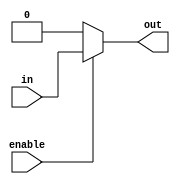
module buffer_with_enable (
    input wire enable,
    input wire in,
    output reg out
);

always @ (enable, in)
begin
    if (enable)
        out = in;
    else
        out = 0;
end

endmodule